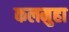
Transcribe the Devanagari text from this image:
कलमुहा